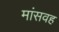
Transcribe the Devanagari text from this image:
मांसवह